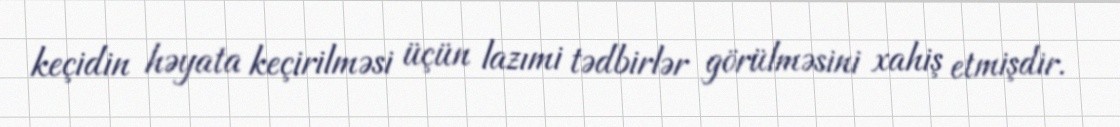
keçidin həyata keçirilməsi üçün lazımi tədbirlər görülməsini xahiş etmişdir.